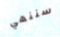
سننهي